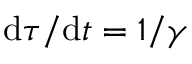
\mathrm { d } \tau / \mathrm { d } t = 1 / \gamma